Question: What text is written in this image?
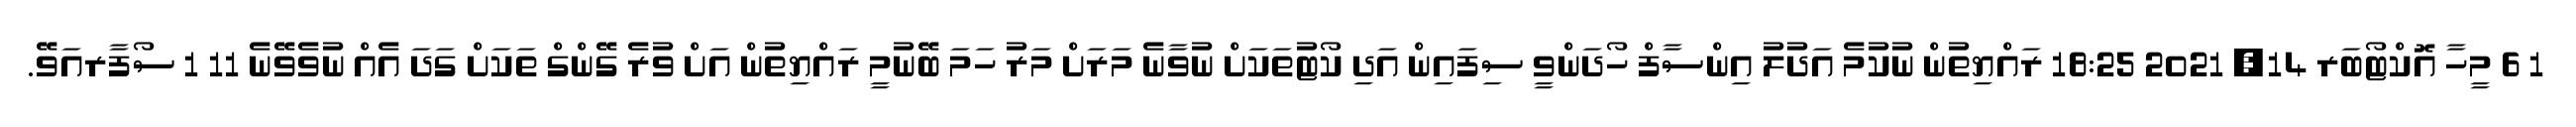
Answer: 1 6 މީހާ އޮކްޓޯބަރ 14, 2021 18:25 ރައްޔިތުން ނުކުމެ އަދުލު އިންސާފް ހޯދަންވީ ސިފައިން އަދި ކޯޓުތަކަށް ނުވާނެ މަރަށް މަރު ހަމަ ބޭނުމީ ރައްޔިތުން އަށް ވުރެ ގޭންގް ތަކަށް ގަދަ އެއް ނުވެވޭނެ 11 1 ސޯފާރއަވޭ.